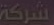
شركة